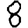
Digit: 8